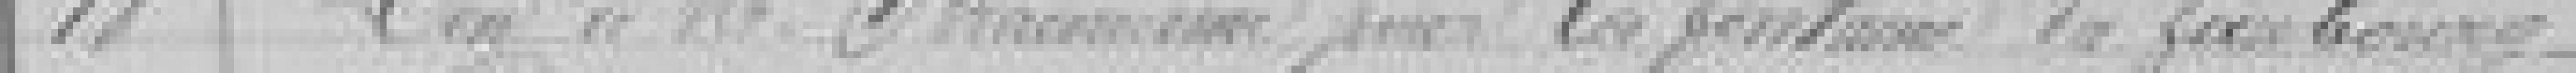
18. ?? de ??? ??? pour la fontaine du faubourg